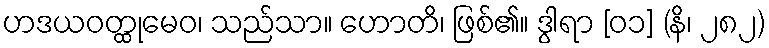
ဟဒယဝတ္ထုမေဝ၊ သည်သာ။ ဟောတိ၊ ဖြစ်၏။ ဒွါရာ [၀၁] (နိ၊ ၂၈၂)